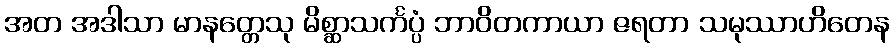
အတ အဒါသာ မာနတ္တေသု မိစ္ဆာသင်္ကပ္ပံ ဘာဝိတကာယာ ဇရတာ သမုဿာဟိတေန